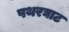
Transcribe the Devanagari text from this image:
पथरघाट